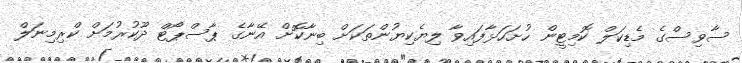
ސާވިސްގެ މެޑިކަލް ކޮމިޓީން ހުށަހަޅާފައިވާ ލިޔެކިޔުންތަކަށް ބިނާކޮށް އޭނާގެ ޕާސްޕޯޓް ދޫކުރުމަށް ކްރިމިނަލް